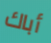
أباك